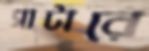
সাটারে